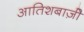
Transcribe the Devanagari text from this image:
आतिशबाज़ीे